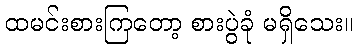
ထမင်းစားကြတော့ စားပွဲခုံ မရှိသေး။